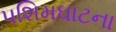
પશિમઘાટના